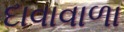
દાવાવાળા